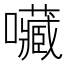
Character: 𡅆